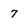
Character: 7